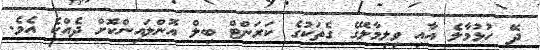
ދޭ ހުޅުމާލެ އާއި ވިލިމާލޭގެ ގެތަކުގެ ކަރަންޓް ބިލް އޮންލައިންކޮށް ދެއްކެ އެވެ.